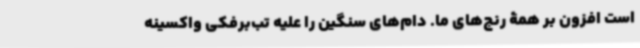
است افزون بر همۀ رنج‌های ما. دام‌های سنگین را علیه تب‌برفکی واکسینه